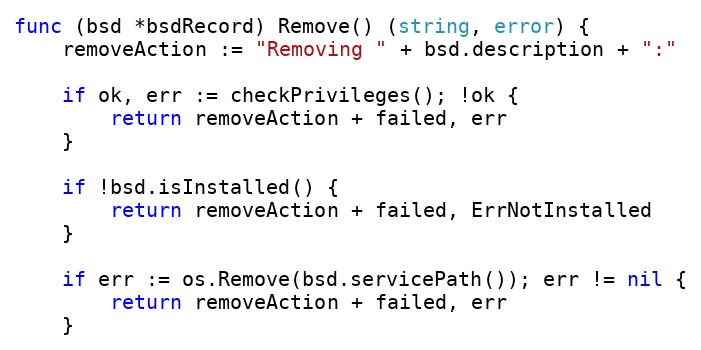
Language: Go
func (bsd *bsdRecord) Remove() (string, error) {
	removeAction := "Removing " + bsd.description + ":"

	if ok, err := checkPrivileges(); !ok {
		return removeAction + failed, err
	}

	if !bsd.isInstalled() {
		return removeAction + failed, ErrNotInstalled
	}

	if err := os.Remove(bsd.servicePath()); err != nil {
		return removeAction + failed, err
	}